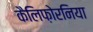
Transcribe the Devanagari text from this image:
कैलिफ़ोरनिया